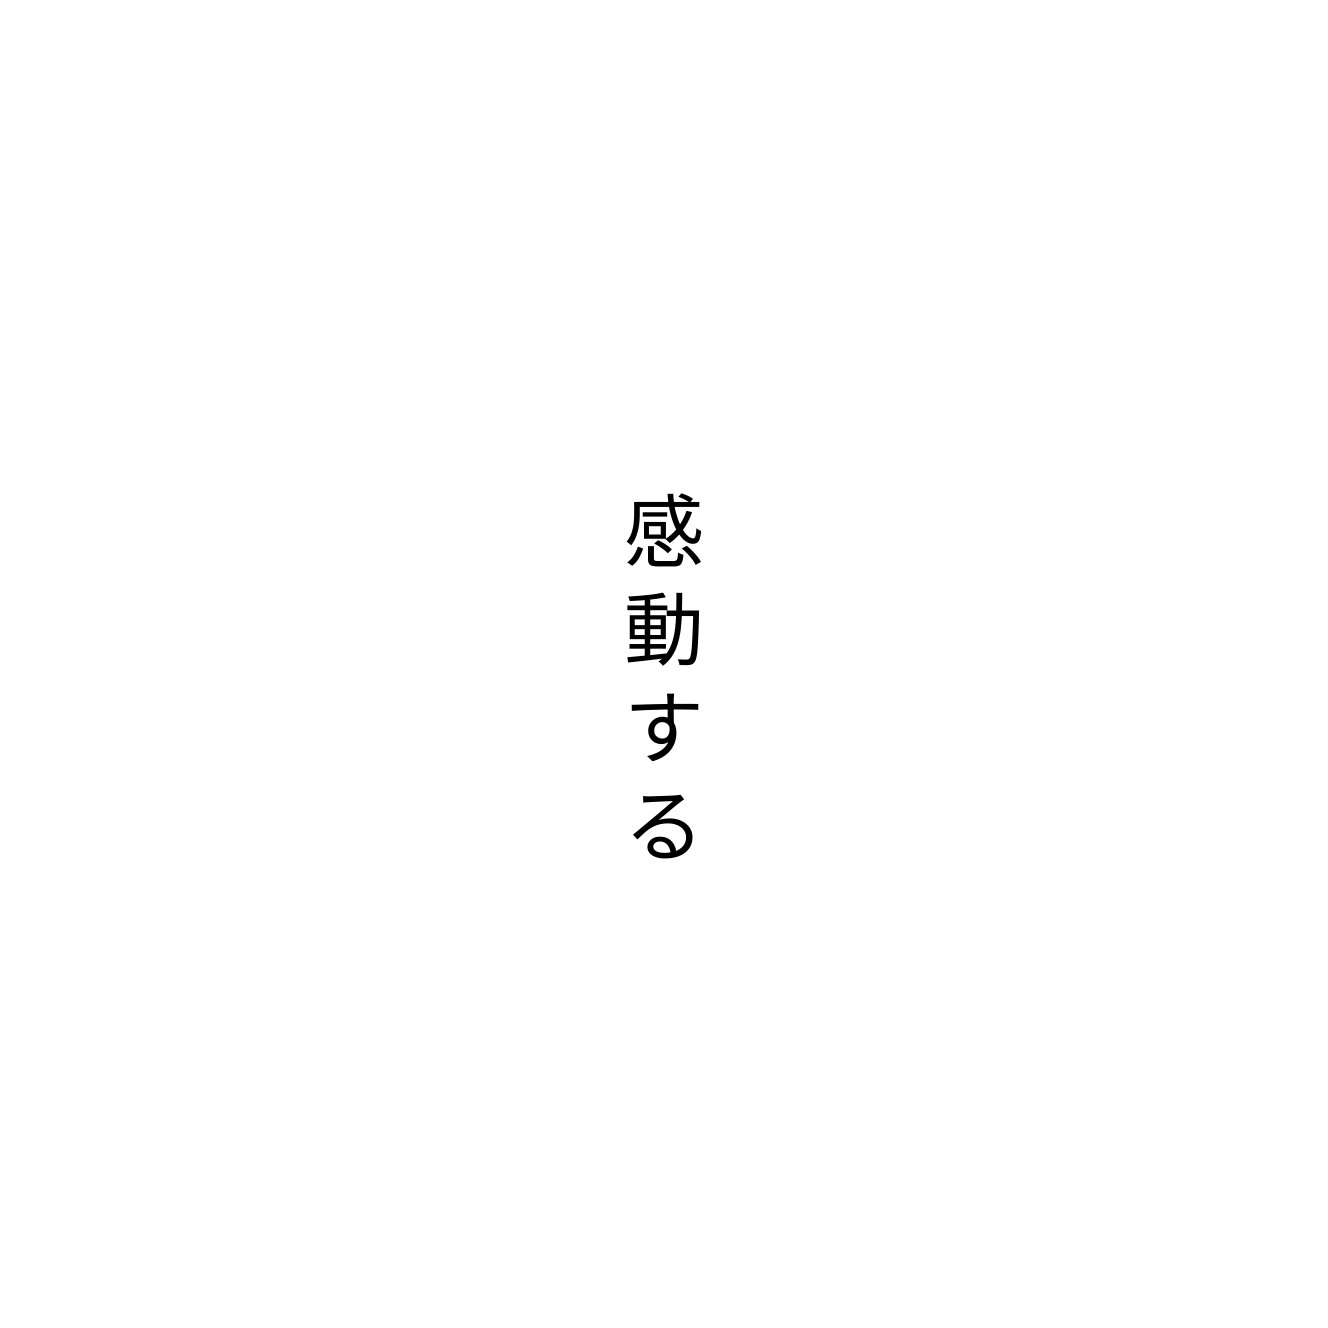
感動する